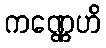
ကဏ္ဏေဟိ